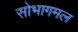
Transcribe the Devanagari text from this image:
सोभागमल